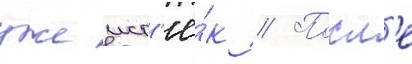
уже ист'ё́к // Посл'е